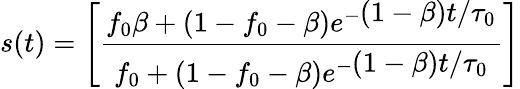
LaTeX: s(t)=\Biggl[\frac{f_{0}\beta+(1-f_{0}-\beta)e^{-\displaystyle(1-\beta)t/\tau_{0}}}{f_{0}+(1-f_{0}-\beta)e^{-\displaystyle(1-\beta)t/\tau_{0}}}\Biggr]